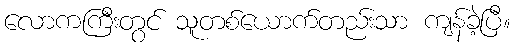
လောကကြီးတွင် သူတစ်ယောက်တည်းသာ ကျန်ခဲ့ပြီ။